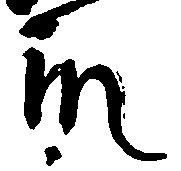
殿